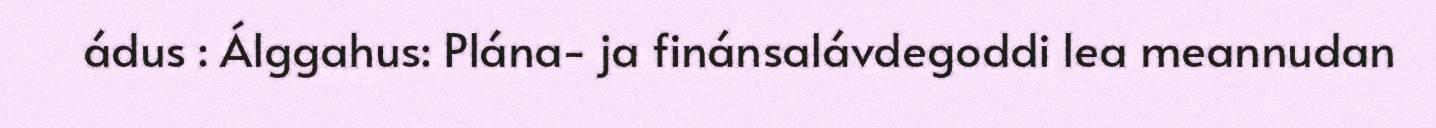
ádus : Álggahus: Plána- ja finánsalávdegoddi lea meannudan